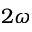
2 \omega